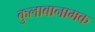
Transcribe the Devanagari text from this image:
कुलाबानामक